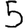
Digit: 5